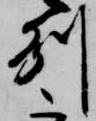
州